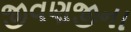
જીવણજીના